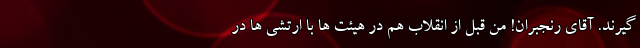
گیرند. آقای رنجبران! من قبل از انقلاب هم در هیئت ها با ارتشی ها در